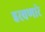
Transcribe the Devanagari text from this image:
हरवणारे